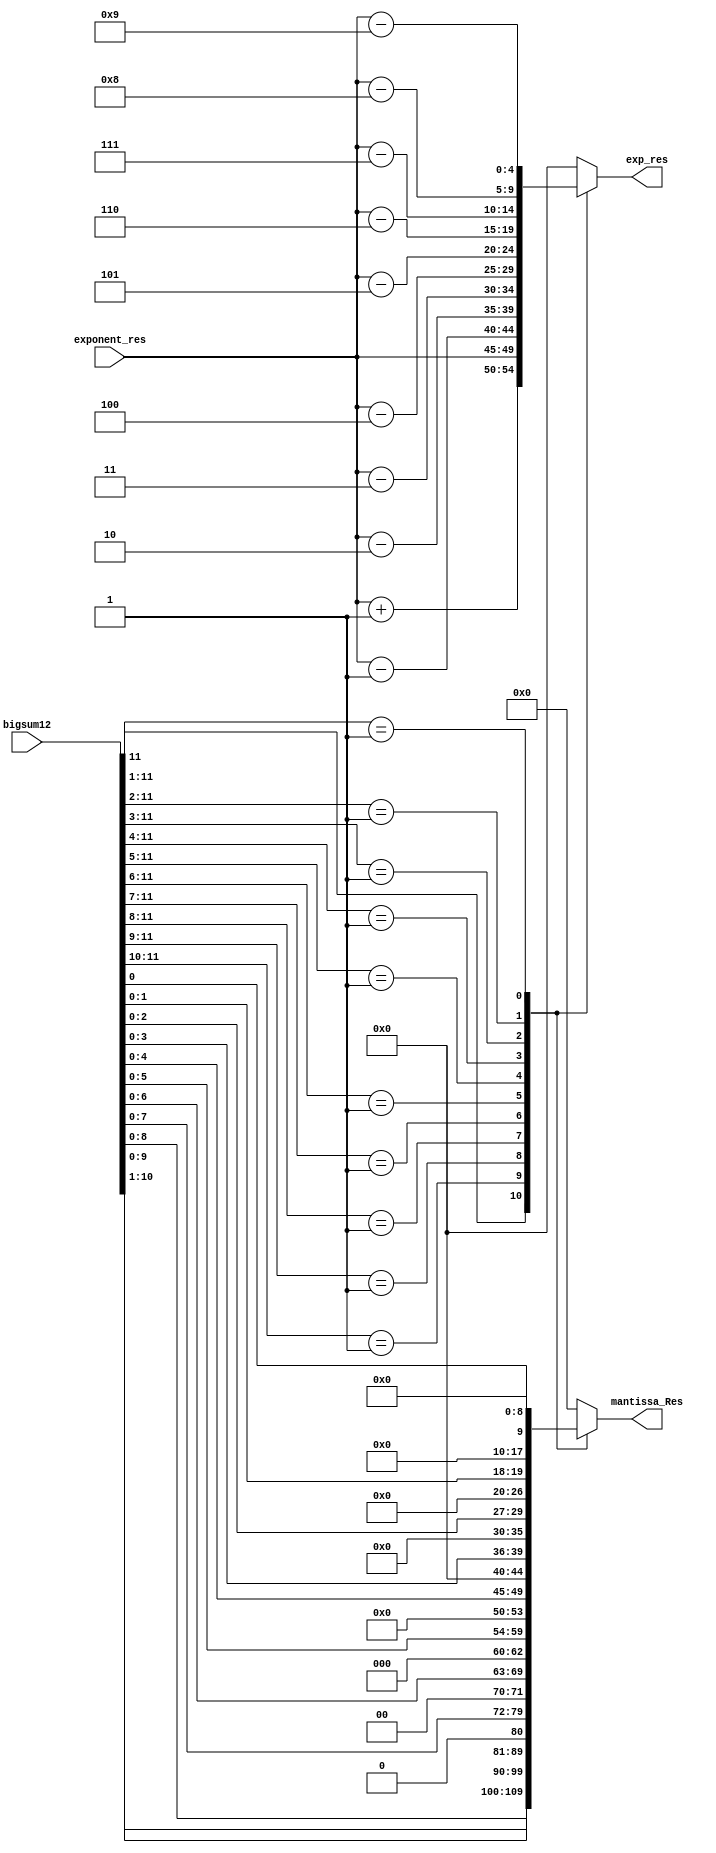
module Normalize_add(input [11:0]bigsum12,input [4:0]exponent_res,output reg [9:0]mantissa_Res,output reg[4:0]exp_res);

always @(bigsum12,exponent_res) begin
		casex(bigsum12) 
			12'b1xxxxxxxxxxx:
			  begin
			    mantissa_Res = bigsum12[10:1];
			    exp_res = exponent_res + 1;
			  end
			12'b01xxxxxxxxxx:
			  begin
			    mantissa_Res = bigsum12[9:0];
			    exp_res = exponent_res;
			  end
			12'b001xxxxxxxxx:
			  begin
			    mantissa_Res = {bigsum12[8:0],1'b0};
			    exp_res = exponent_res-1;
			  end
			12'b0001xxxxxxxx:
			  begin
			    mantissa_Res = {bigsum12[7:0],2'b0};
			    exp_res = exponent_res-2;
			  end
			12'b00001xxxxxxx:
			  begin
			    mantissa_Res = {bigsum12[6:0],3'b0};
			    exp_res = exponent_res-3;
			  end
			12'b000001xxxxxx:
			  begin
			     mantissa_Res = {bigsum12[5:0],4'b0};
			    exp_res = exponent_res-4;
			  end
			12'b0000001xxxxx:
			  begin
			     mantissa_Res = {bigsum12[4:0],5'b0};
			    exp_res = exponent_res-5;
			  end
			12'b00000001xxxx:
			  begin
			     mantissa_Res = {bigsum12[3:0],6'b0};
			    exp_res = exponent_res-6;
			  end
			12'b000000001xxx:
			  begin
 			     mantissa_Res = {bigsum12[2:0],7'b0};
			    exp_res = exponent_res-7;
			  end
			12'b0000000001xx:
			  begin
			     mantissa_Res = {bigsum12[1:0],8'b0};
			    exp_res = exponent_res-8;
			  end
			12'b00000000001x:
			  begin
			     mantissa_Res = {bigsum12[0],9'b0};
			    exp_res = exponent_res-9;
			  end
			default:
			  begin
			    mantissa_Res = 10'b0;
			    exp_res = 5'b0;
			  end

      			endcase
end
endmodule